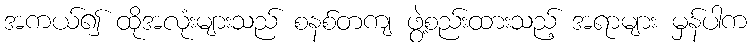
အကယ်၍ ထိုအလုံးများသည် စနစ်တကျ ဖွဲ့စည်းထားသည့် အရာများ မှန်ပါက